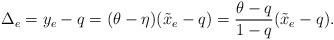
LaTeX: \begin{align*} \Delta_e=y_e-q = (\theta-\eta) (\tilde x_e - q) = \frac{\theta-q}{1-q} (\tilde x_e-q). \end{align*}